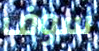
سوف